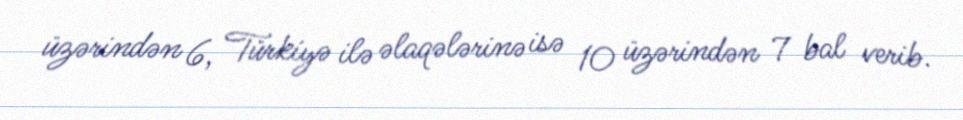
üzərindən 6, Türkiyə ilə əlaqələrinə isə 10 üzərindən 7 bal verib.